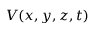
V ( x , y , z , t )